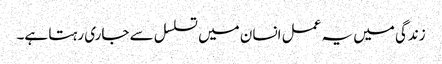
زندگی میں یہ عمل انسان میں تسلسل سے جاری رہتا ہے۔